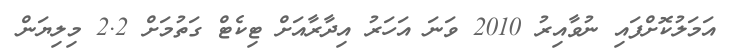
އަމަލުކޮށްފައި ނުވާއިރު 2010 ވަނަ އަހަރު އިދާރާއަށް ޓިކެޓް ގަތުމަށް 2.2 މިލިޔަން